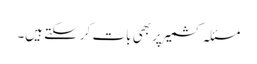
مسئلہ کشمیر پر بھی بات کر سکتے ہیں۔